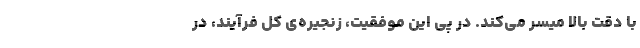
با دقت بالا میسر می‌کند. در پی این موفقیت، زنجیره‌ی کل فرآیند، در